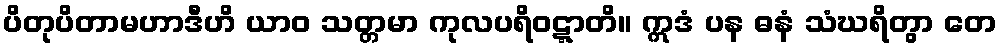
ပိတုပိတာမဟာဒီဟိ ယာဝ သတ္တမာ ကုလပရိဝဋ္ဋာတိ။ ဣဒံ ပန ဓနံ သံဃရိတွာ တေ